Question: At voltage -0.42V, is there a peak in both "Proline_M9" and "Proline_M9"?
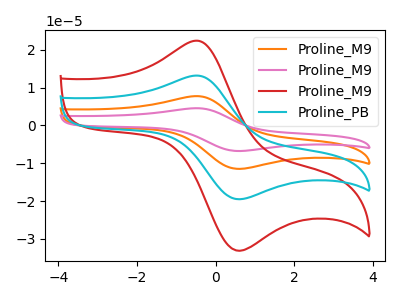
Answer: <think>The orange curve "Proline_M9" has an anodic peak at (-0.40V, 26.35uA) and a cathodic peak at (0.60V, -39.05uA). The pink curve "Proline_M9" has an anodic peak at (-0.40V, 39.55uA) and a cathodic peak at (0.60V, -58.55uA). The red curve "Proline_M9" has an anodic peak at (-0.40V, 22.40uA) and a cathodic peak at (0.60V, -33.15uA). The cyan curve "Proline_PB" has an anodic peak at (-0.40V, 13.20uA) and a cathodic peak at (0.60V, -19.50uA).</think>
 <answer>Yes, "Proline_M9" and "Proline_M9" share a peak at -0.42V.</answer>
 <eval>match</eval>